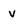
Character: v